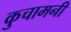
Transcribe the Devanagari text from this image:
कुचामनी